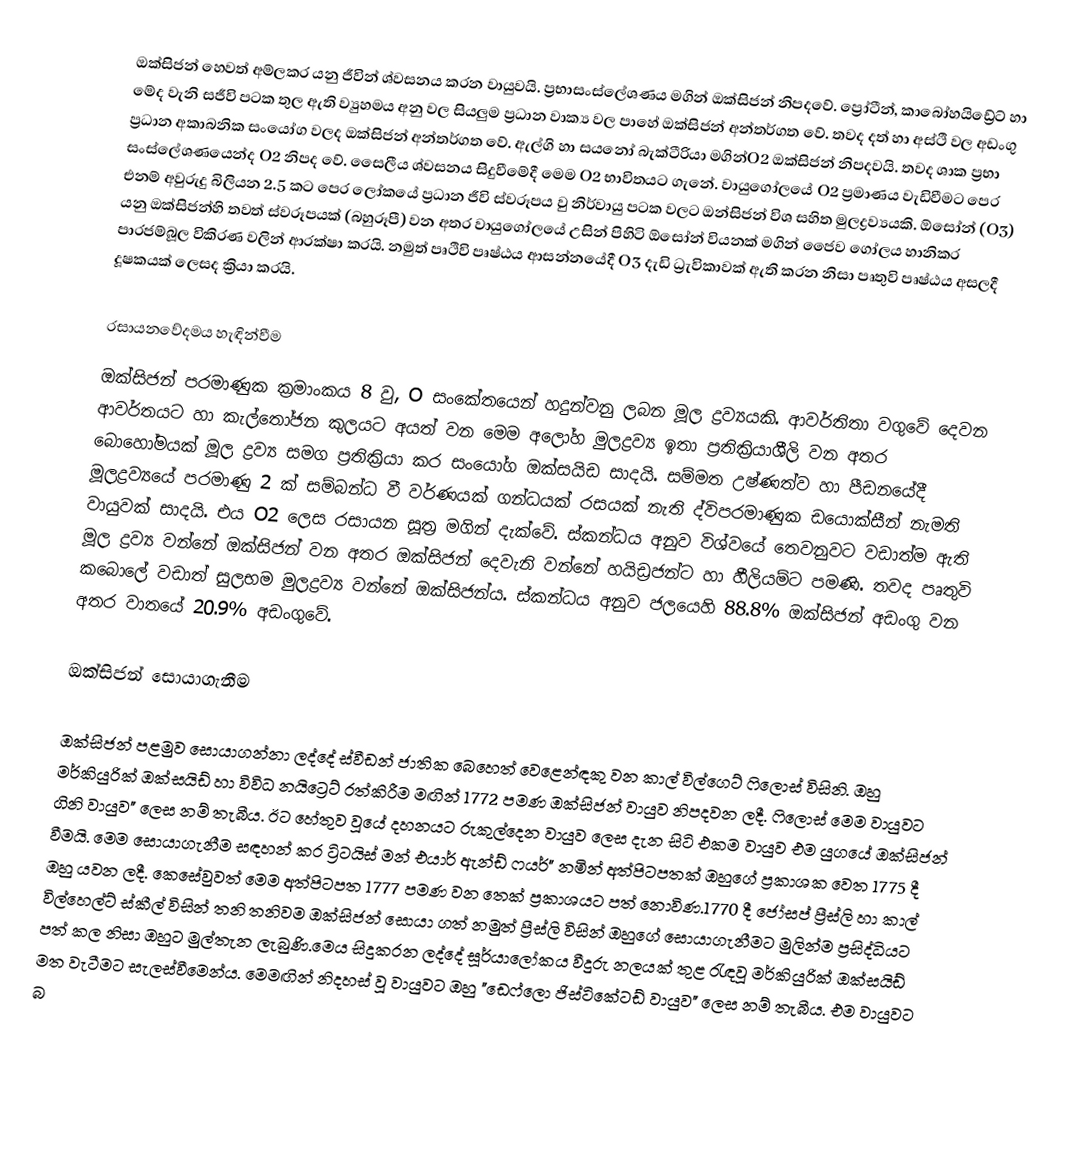
ඔක්සිජන් හෙවත් අම්ලකර යනු ජීවින් ශ්වසනය කරන වායුවයි. ප්‍රභාසංස්ලේශණය මගින් ඔක්සිජන් නිපදවේ. ප්‍රෝටීන්, කාබෝහයිඩ්‍රේට් හා මේද වැනි සජීවි පටක තුල ඇති ව්‍යුහමය අනු වල සියලුම ප්‍රධාන වාක්‍ය වල පාහේ ඔක්සිජන් අන්තර්ගත වේ. තවද දත් හා අස්ථි වල අඩංගු ප්‍රධාන අකාබනික සංයෝග වලද ඔක්සිජන් අන්තර්ගත වේ. ඇල්ගි හා සයනෝ බැක්ටීරියා මගින්O2 ඔක්සිජන් නිපදවයි. තවද ශාක ප්‍රභා සංස්ලේශණයෙන්ද O2 නිපද වේ. සෛලීය ශ්වසනය සිදුවීමේදී මෙම O2 භාවිතයට ගැනේ. වායුගෝලයේ O2 ප්‍රමාණය වැඩිවීමට පෙර එනම් අවුරුදු බිලියන 2.5 කට පෙර ලෝකයේ ප්‍රධාන ජීවි ස්වරූපය වු නිර්වායු පටක වලට ඔන්සිජන් විශ සහිත මුලද්‍රව්‍යයකි. ඕසෝන් (O3) යනු ඔක්සිජන්හි තවත් ස්වරූපයක් (බහුරූපී) වන අතර වායුගෝලයේ උසින් පිහිටි ඕසෝන් වියනක් මගින් ජෛව ගෝලය හානිකර පාරජම්බූල විකිරණ වලින් ආරක්ෂා කරයි. නමුත් පෘථිවි පෘෂ්ඨය ආසන්නයේදී O3 දැඩි ධ්‍රැවිකාවක් ඇති කරන නිසා පෘතුවි පෘෂ්ඨය අසලදී දූෂකයක් ලෙසද ක්‍රියා කරයි.

රසායනවේදමය හැඳින්වීම
ඔක්සිජන් පරමාණුක ක්‍රමාංකය 8 වු, O සංකේතයෙන් හදුන්වනු ලබන මූල ද්‍රව්‍යයකි. ආවර්තිතා වගුවේ දෙවන ආවර්තයට හා කැල්තෝජන කුලයට අයත් වන මෙම අලෝහ මුලද්‍රව්‍ය ඉතා ප්‍රතික්‍රියාශීලි වන අතර බොහෝමයක් මූල ද්‍රව්‍ය සමග ප්‍රතික්‍රියා කර සංයෝග ඔක්සයිඩ සාදයි. සම්මත උෂ්ණත්ව හා පීඩනයේදී මූලද්‍රව්‍යයේ පරමාණු 2 ක් සම්බන්ධ වී වර්ණයක් ගන්ධයක් රසයක් නැති ද්විපරමාණුක ඩයොක්සීන් නැමති වායුවක් සාදයි. එය O2 ලෙස රසායන සූත්‍ර මගින් දැක්වේ. ස්කන්ධය අනුව විශ්වයේ තෙවනුවට වඩාත්ම ඇති මූල ද්‍රව්‍ය වන්නේ ඔක්සිජන් වන අතර ඔක්සිජන් දෙවැනි වන්නේ හයිඩ්‍රජන්ට හා හීලියම්ට පමණි. තවද පෘතුවි කබොලේ වඩාත් සුලභම මුලද්‍රව්‍ය වන්නේ ඔක්සිජන්ය. ස්කන්ධය අනුව ජලයෙහි 88.8% ඔක්සිජන් අඩංගු වන අතර වාතයේ 20.9% අඩංගුවේ.

ඔක්සිජන් සොයාගැනීම

ඔක්සිජන් පළමුව සොයාගන්නා ලද්දේ ස්වීඩන් ජාතික බෙහෙත් වෙළෙන්ඳකු වන කාල් විල්ගෙට් ෆිලොස් විසිනි. ඔහු මර්කියුරික් ඔක්සයිඩ් හා විවිධ නයි‍ට්‍රෙට් රත්කිරීම මඟින් 1772 පමණ ඔක්සිජන් වායුව නිපදවන ලදී. ෆිලොස් මෙම වායුවට ගිනි වායුව" ලෙස නම් තැබීය. ඊට හේතුව වූයේ දහනයට රුකුල්දෙන වායුව ලෙස දැන සිටි එකම වායුව එම යුගයේ ඔක්සිජන් වීමයි. මෙම සොයාගැනීම සඳහන් කර ට්‍රිටයිස් මන් එයාර් ඇන්ඩ් ෆයර්" නමින් අත්පිටපතක් ඔහුගේ ප්‍රකාශක වෙත 1775 දී ඔහු යවන ලදී. කෙසේවුවත් මෙම අත්පිටපත 1777 පමණ වන තෙක් ප්‍රකාශයට පත් නොවිණ.1770 දී ජෝසප් ප්‍රීස්ලි හා කාල් විල්හෙල්ට් ස්කීල් විසින් තනි තනිවම ඔක්සිජන් සොයා ගත් නමුත් ප්‍රීස්ලි විසින් ඔහුගේ සොයාගැනීමට‍ මුලින්ම ප්‍රසිද්ධියට පත් කල නිසා ඔහුට මුල්තැන ලැබුණි.මෙය සිදුකරන ලද්දේ සූර්යාලෝකය වීදුරු නලයක් තුළ රැඳවූ මර්කියුරික් ඔක්සයිඩ් මත වැටීමට සැලස්වීමෙන්ය. මෙමඟින් නිදහස් වූ වායුවට ඔහු "ඩෙෆ්ලො ජිස්ටිකේටඩ් වායුව" ලෙස නම් තැබීය. එම වායුවට බ